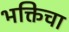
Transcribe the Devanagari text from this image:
भक्तिचा